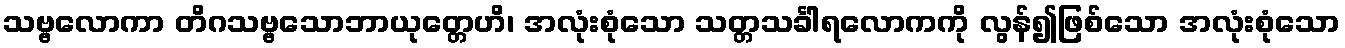
သဗ္ဗလောကာ တိဂသဗ္ဗသောဘာယုတ္တေဟိ၊ အလုံးစုံသော သတ္တသင်္ခါရလောကကို လွန်၍ဖြစ်သော အလုံးစုံသော